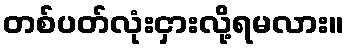
တစ်ပတ်လုံးငှားလို့ရမလား။